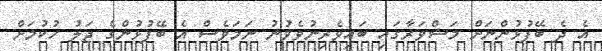
އެ ދެ ބޭފުޅުންނަށް މަޝްވަރާގައި ބައިވެރިނުވެވުނު ނަމަވެސް އެ ބޭފުޅުންގެ ޖަލު ހުކުމަށް